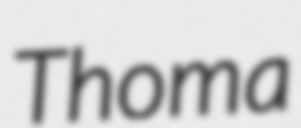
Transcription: Thoma